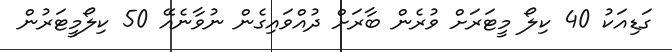
ގަޑިއަކު 40 ކިލޯ މީޓަރަށް ވުރެން ބާރަށް ދުއްވައިގެން ނުވާނެއޭ 50 ކިލޯމީޓަރުން